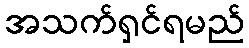
အသက်ရှင်ရမည်